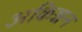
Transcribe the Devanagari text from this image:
अकिञ्चन